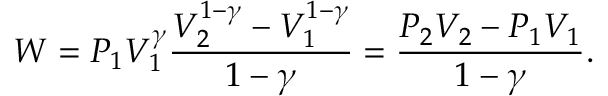
W = P _ { 1 } V _ { 1 } ^ { \gamma } { \frac { V _ { 2 } ^ { 1 - \gamma } - V _ { 1 } ^ { 1 - \gamma } } { 1 - \gamma } } = { \frac { P _ { 2 } V _ { 2 } - P _ { 1 } V _ { 1 } } { 1 - \gamma } } .